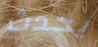
يحدث